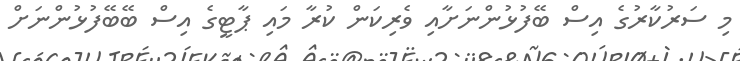
މި ސަރުކާރުގެ އިސް ބޭފުޅުންނަށާއި ވެރިކަން ކުރާ މައި ޕާޓީގެ އިސް ބޭބޭފުޅުންނަށް